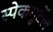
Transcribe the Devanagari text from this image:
स्पेकगुर्टेल